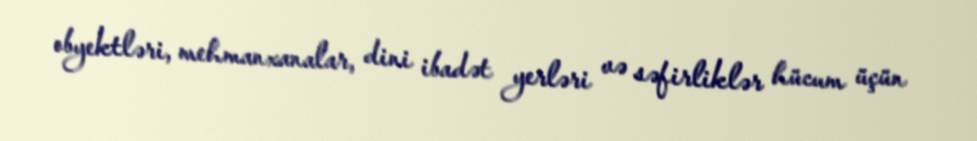
obyektləri, mehmanxanalar, dini ibadət yerləri və səfirliklər hücum üçün